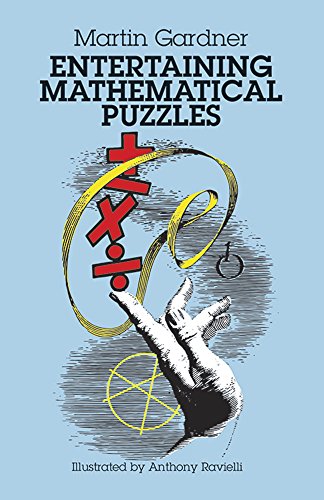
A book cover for Entertaining Mathematical Puzzles; Martin Gardner; Humor & Entertainment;